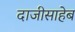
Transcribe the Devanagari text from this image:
दाजीसाहेब